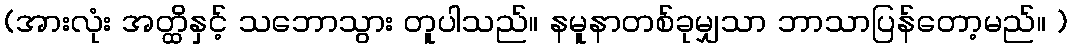
(အားလုံး အတ္ထိနှင့် သဘောသွား တူပါသည်။ နမူနာတစ်ခုမျှသာ ဘာသာပြန်တော့မည်။ )